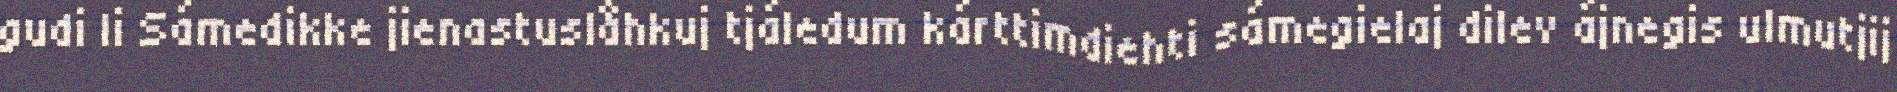
gudi li Sámedikke jienastuslåhkuj tjáledum kárttimdiehti sámegielaj dilev ájnegis ulmutjij